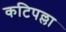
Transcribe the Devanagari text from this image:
कटिपल्ला